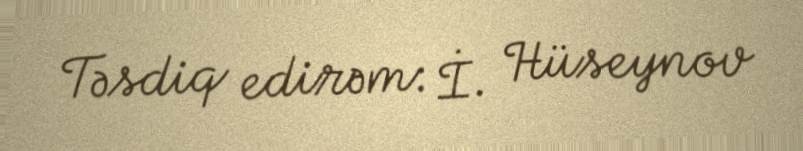
Təsdiq edirəm: İ. Hüseynov